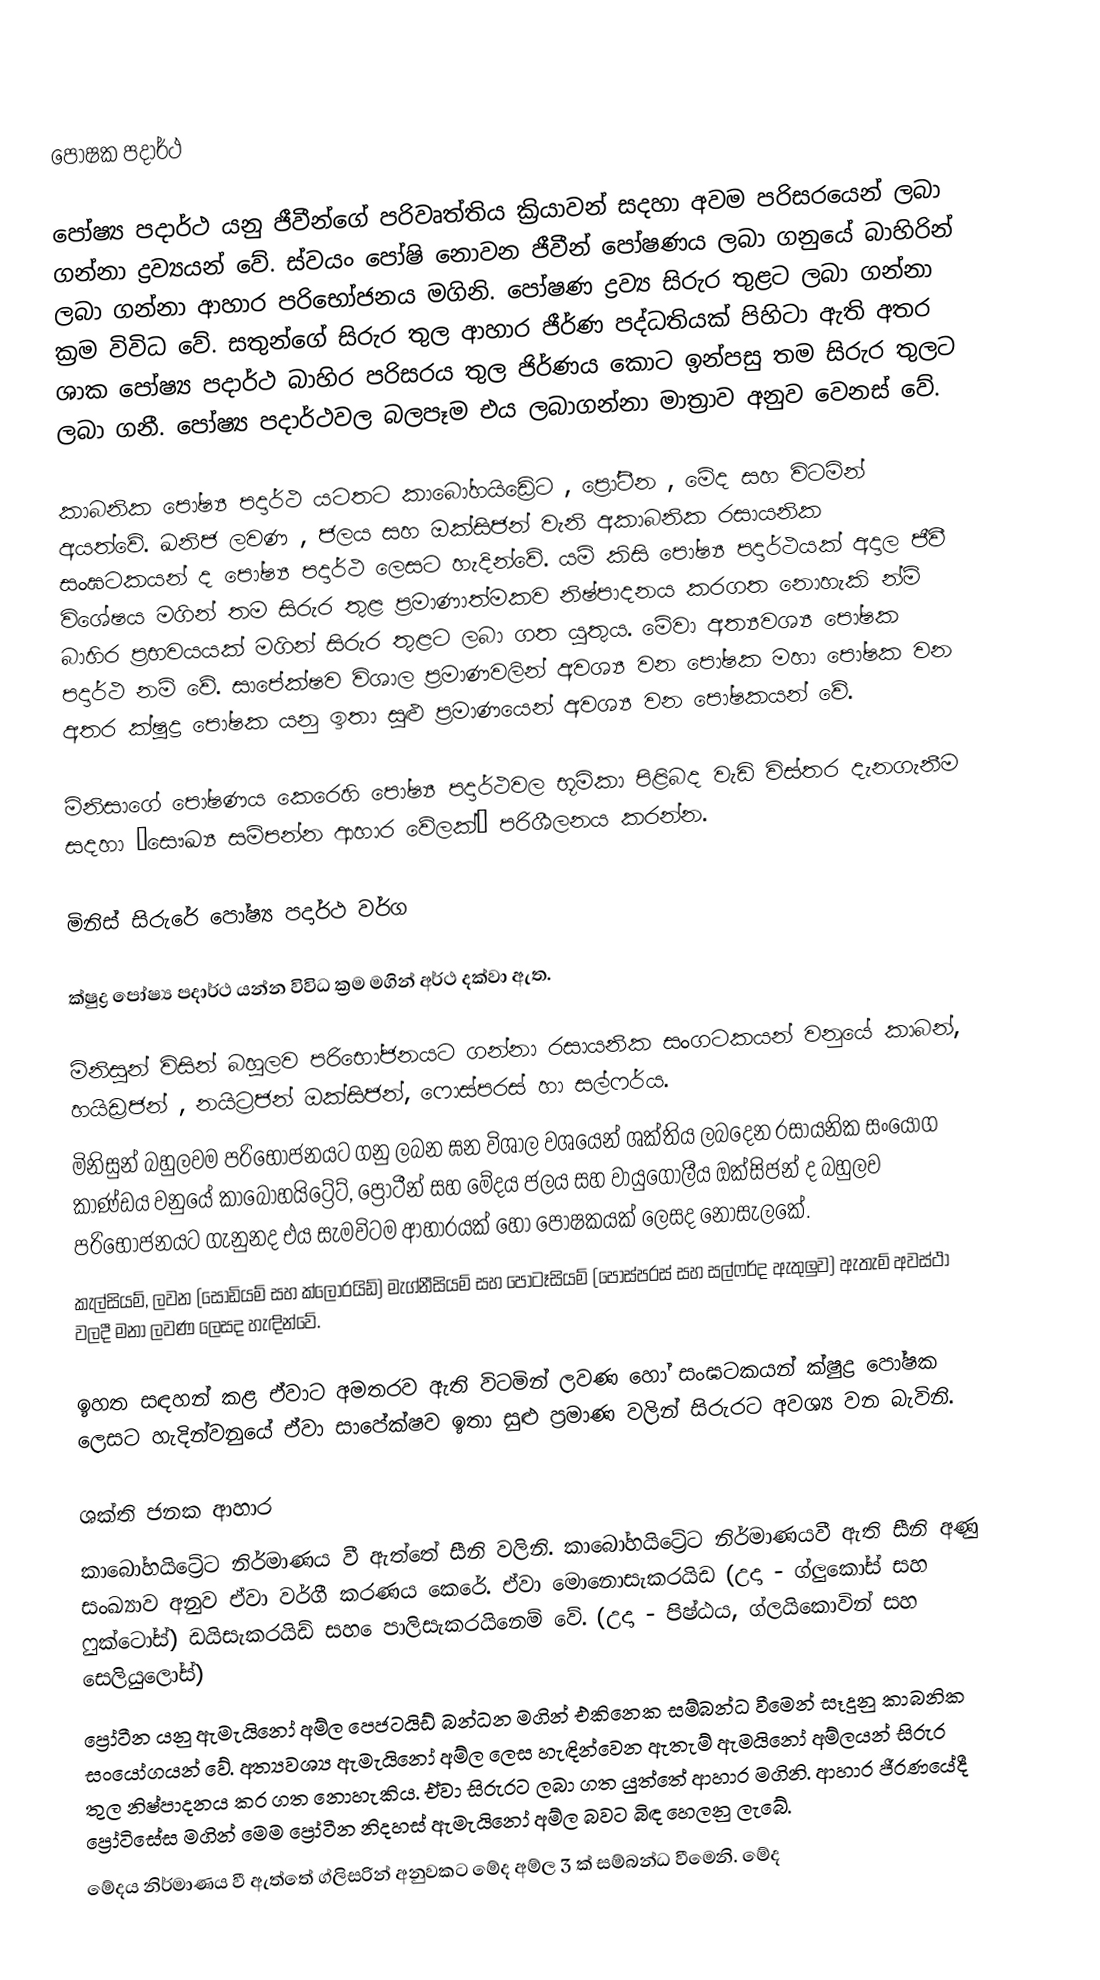

පෝෂක පදාර්ථ

පෝෂ්‍ය පදාර්ථ යනු ජීවීන්ගේ පරිවෘත්තිය ක්‍රියාවන් සදහා අවම පරිසරයෙන් ලබා ගන්නා ද්‍රව්‍යයන් වේ. ස්වයං පෝෂි නොවන ජීවීන් පෝෂණය ලබා ගනුයේ බාහිරින් ලබා ගන්නා ආහාර පරිභෝජනය මගිනි. පෝෂණ ද්‍රව්‍ය සිරුර  තුළට ලබා ගන්නා ක්‍රම විවිධ වේ. සතුන්ගේ සිරුර තුල ආහාර ජීර්ණ පද්ධතියක් පිහිටා ඇති අතර ශාක පෝෂ්‍ය පදාර්ථ බාහිර පරිසරය තුල ජිර්ණය කොට ඉන්පසු තම සිරුර තුලට ලබා ගනී. පෝෂ්‍ය පදාර්ථවල බලපෑම එය ලබාගන්නා මාත්‍රාව අනුව වෙනස් වේ.

කාබනික පෝෂ්‍ය පදාර්ථ යටතට කාබෝහයිඩ්‍රේට , ප්‍රෝටීන , මේද සහ විටමින් අයත්වේ. ඛනිජ ලවණ , ජලය සහ ඔක්සිජන් වැනි අකාබනික රසායනික සංඝටකයන් ද පෝෂ්‍ය පදාර්ථ ලෙසට හැදින්වේ. යම් කිසි පෝෂ්‍ය පදාර්ථයක් අදාල ජීවී විශේෂය මගින් තම සිරුර තුළ ප්‍රමාණාත්මකව නිෂ්පාදනය කරගත නොහැකි න්ම් බාහිර ප්‍රභවයයක් මගින් සිරුර තුළට ලබා ගත යුතුය. මේවා අත්‍යවශ්‍ය පෝෂක පදාර්ථ නම් වේ. සාපේක්ෂව විශාල ප්‍රමාණවලින් අවශ්‍ය වන පෝෂක මහා පෝෂක වන අතර ක්ෂුද්‍ර පෝෂක යනු ඉතා සුළු ප්‍රමාණයෙන් අවශ්‍ය වන පෝෂකයන් වේ.

මිනිසාගේ පෝෂණය කෙරෙහි පෝෂ්‍ය පදාර්ථවල භූමිකා පිළිබද වැඩි විස්තර  දැනගැනීම සදහා ‘සෞඛ්‍ය ‍සම්පන්න ආහාර වේලක්’ පරිශීලනය කරන්න.

මිනිස් සිරුරේ  පෝෂ්‍ය පදාර්ථ වර්ග

ක්ෂුද්‍ර පෝෂ්‍ය පදාර්ථ යන්න විවිධ ක්‍රම මගින් අර්ථ දක්වා ඇත.

	මිනිසුන් විසින් බහුලව පරිභෝජනයට ගන්න‍ා රසායනික සංගටකයන් වනුයේ කාබන්, හයිඩ්‍රජන් , නයිට්‍රජන් ඔක්සිජන්, ෆොස්පරස් හා සල්ෆර්ය.
	මිනිසුන් බහුලවම පරිභෝජනයට ගනු ලබන ඝන විශාල වශයෙන් ශක්තිය ලබ‍දෙන රසායනික සංයෝග කාණ්ඩය වනුයේ කාබෝහයිට්‍රේට්, ප්‍රෝටීන් සහ මේදය ජලය සහ වායුගෝලීය ඔක්සිජන් ද බහුලව පරිභෝජනයට ගැනුනද එය සැමවිටම ආහාරයක් හෝ පෝෂකයක් ලෙසද නොසැලකේ.
	කැල්සියම්, ලවන (සෝඩියම් සහ ක්ලෝරයිඩ්) මැග්නීසියම් සහ පොටෑසියම් (පොස්පරස් සහ සල්ෆර්ද ඇතුලුව) ඇතැම් අවස්ථා වලදී මනා ලවණ ලෙසද හැඳින්වේ.

ඉහත සඳහන් කළ ඒවාට අමතරව ඇති විටමින් ලවණ හෝ සංඝටකයන් ක්ෂුද්‍ර පෝෂක ලෙසට හැදින්වනුයේ ඒවා සාපේක්ෂව ඉතා සුළු ප්‍රමාණ වලින් සිරුරට අවශ්‍ය වන බැවිනි.

ශක්ති ජනක ආහාර
	කාබෝහයිට්‍රේට නිර්මාණය වී ඇත්තේ සීනි වලිනි. කාබෝහයිට්‍රේට නිර්මාණයවී ඇති  සීනි අණු සංඛ්‍යාව අනුව ඒවා වර්ගී කරණය කෙරේ. ඒවා මොනොසැකරයිඩ (උදා - ග්ලුකෝස් සහ ෆුක්ටෝස්) ඩයිසැකරයිඩ් සහ ‍ෙපාලිසැකරයිනෙම් වේ. (උදා - පිෂ්ඨය, ග්ලයිකොවින් සහ සෙලියුලෝස්)
	ප්‍රෝටීන යනු ඇමැයිනෝ අම්ල පෙජටයිඩ් බන්ධන මගින් එකිනෙක සම්බන්ධ වීමෙන් සෑදුනු කාබනික සංයෝගයන් වේ. අත්‍යවශ්‍ය ඇමැයිනෝ අම්ල ලෙස හැඳින්වෙන ඇතැම් ඇමයිනෝ අම්ලයන් සිරුර තුල නිෂ්පාදනය කර ගත නොහැකිය. ඒවා සිරුරට ලබා ගත යුත්තේ ආහාර මගිනි.  ආහාර ජීරණයේදී ප්‍රෝටිසේස මගින් මෙම ප්‍රෝටීන නිදහස් ඇමැයිනෝ අම්ල බවට බිඳ හෙලනු ලැබේ.
	මේදය නිර්මාණය වී ඇත්තේ ග්ලිසරින්  අනුවකට මේද අම්ල 3 ක් සම්බන්ධ වීමෙනි. මේද